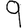
Digit: 9